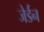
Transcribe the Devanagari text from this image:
जेर्डन